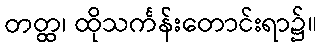
တတ္ထ၊ ထိုသင်္ကန်းတောင်းရာ၌။